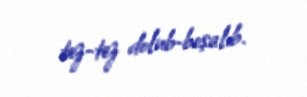
tez-tez dolub-boşalıb.